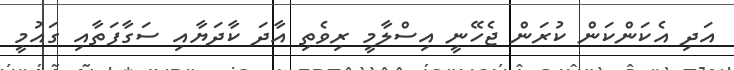
އަދި އެކަންކަން ކުރަން ޖެހޭނީ އިސްލާމީ ރިވެތި އާދަ ކާދަޔާއި ސަގާފަތާއި ގައުމީ